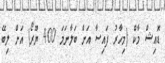
ޑޮއިޝް މާކް (މިހާރު ފައިސާ އަށް ބަލާނަމަ 400 ޔޫރޯ) އަށް ލިބޭ